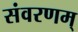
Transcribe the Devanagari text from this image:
संवरणम्